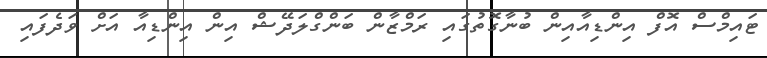
ޓައިމްސް އޮފް އިންޑިއާއިން ބުނާގޮތުގައި ރަމްޒާން ބަންގްލަދޭޝް އިން އިންޑިއާ އަށް ވަދެފައި